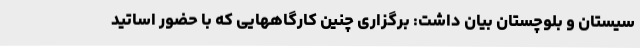
سیستان و بلوچستان بیان داشت: برگزاری چنین کارگاههایی که با حضور اساتید